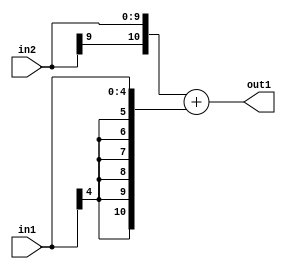
`timescale 1ps / 1ps
/*****************************************************************************
    Verilog RTL Description
    
    
    Created by: Stratus DpOpt 2019.1.01 
*******************************************************************************/

module cache_Add_10Sx5S_11S_1 (
	in2,
	in1,
	out1
	); /* architecture "behavioural" */ 
input [9:0] in2;
input [4:0] in1;
output [10:0] out1;
wire [10:0] asc001;

assign asc001 = 
	+({in2[9], in2})
	+({{6{in1[4]}}, in1});

assign out1 = asc001;
endmodule

/* CADENCE  ubL1Tg8= : u9/ySgnWtBlWxVPRXgAZ4Og= ** DO NOT EDIT THIS LINE ******/